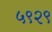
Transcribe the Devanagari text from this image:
५९२९